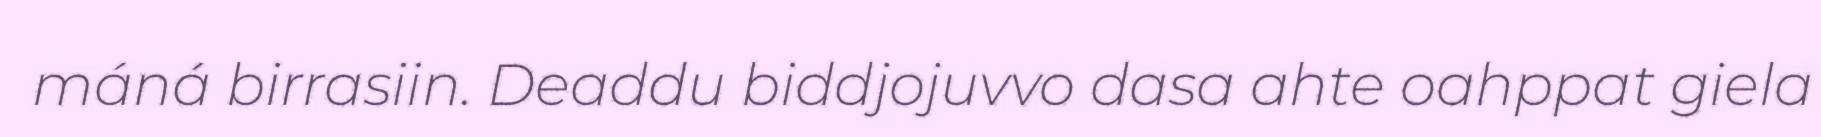
máná birrasiin. Deaddu biddjojuvvo dasa ahte oahppat giela